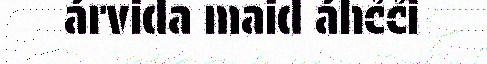
árvida maid áhčči